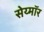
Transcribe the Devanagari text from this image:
सेय्मॉर